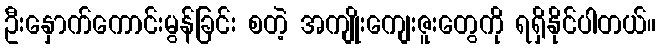
ဦးနှောက်ကောင်းမွန်ခြင်း စတဲ့ အကျိုးကျေးဇူးတွေကို ရရှိနိုင်ပါတယ်။